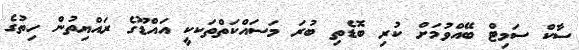
ސާކް ސަމިޓް ބޭއްވުމަށް ކުރި ބޮޑެތި ބުރަ މަސައްކަތްތަކކީ އައްޑޫގެ ރައްޔިތުން ހިތުގެ